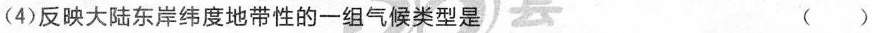
(4)反映大陆东岸纬度地带性的一组气候类型是 ()